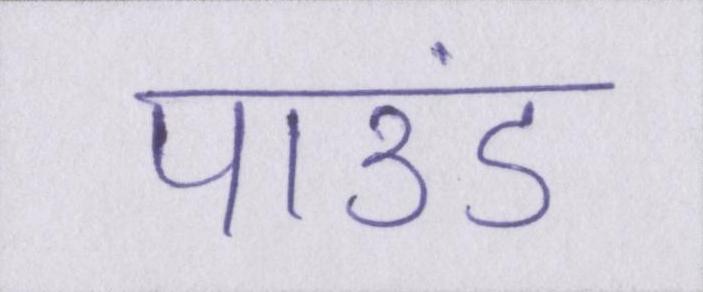
पाउंड